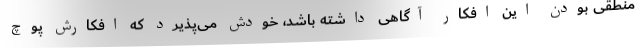
منطقی بودن این افکار آگاهی داشته باشد، خودش می‌پذیرد که افکارش پوچ